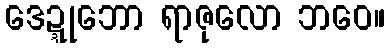
ဒေဍ္ဍုဘော ရာဇုလော ဘဝေ။